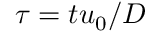
\tau = t { { u } _ { 0 } } / D